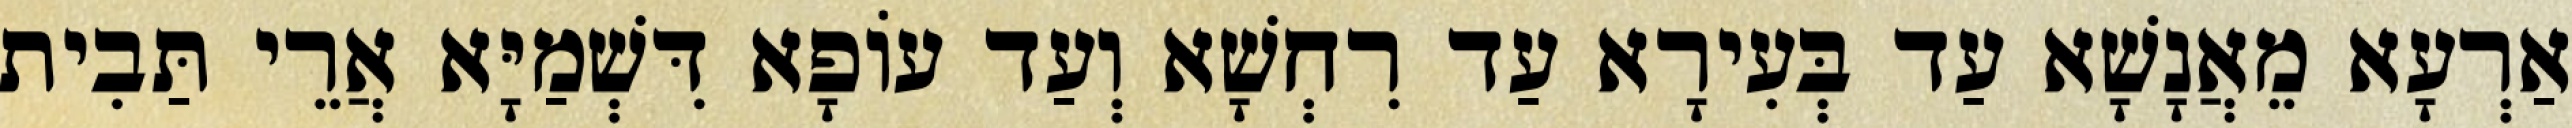
אַרְעָא מֵאֲנָשָׁא עַד בְּעִירָא עַד רִחְשָׁא וְעַד עוֹפָא דִּשְׁמַיָּא אֲרֵי תַּבִית